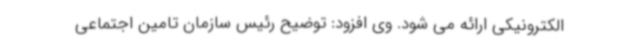
الکترونیکی ارائه می شود. وی افزود: توضیح رئیس سازمان تامین اجتماعی